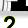
Digit: 2